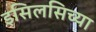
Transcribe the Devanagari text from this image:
इसिलसिच्या